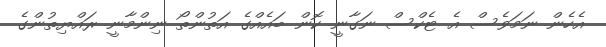
އެހެން ނަމަވެސް އެ ޓެކްސް ނަގާނީ ކޮން ބައެއްގެ އަތުންތޯ ނިންމާނީ ރައްޔިތުންގެ